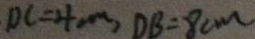
D C = 4 c m , D B = 8 c m